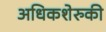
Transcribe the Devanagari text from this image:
अधिकशेरुकी